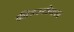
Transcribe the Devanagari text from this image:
फीडस्टोक्स